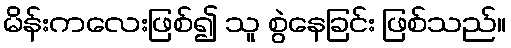
မိန်းကလေးဖြစ်၍ သူ စွဲနေခြင်း ဖြစ်သည်။